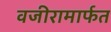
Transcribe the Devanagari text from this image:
वजीरामार्फत